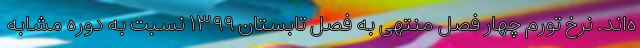
ه‌اند. نرخ تورم چهار فصل منتهی به فصل تابستان ١٣٩٩ نسبت به دوره مشابه